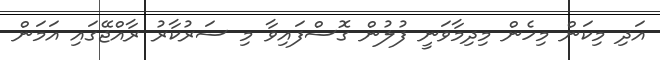
އަދި މިކަން މިހެން މިދިމާވަނީ ފުލުން ގޮސްފައިވާ މި ސަރުކާރު ރާއްޖޭގައި އަމަން